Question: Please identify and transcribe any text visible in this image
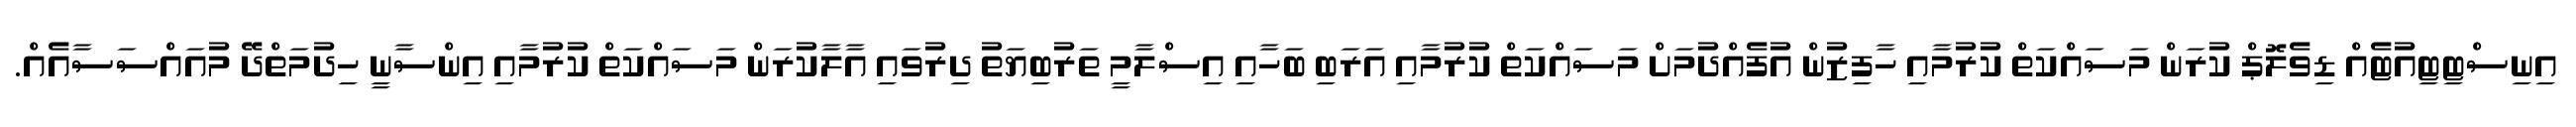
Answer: އިނިސްޓިޓިއުޓެއް ޑިވެލޮޕް ކުރަން މަސައްކަތް ކުރުމާއި ހާފިޒުން އުފެއްދުމަށް މަސައްކަތް ކުރުމާއި އަރަބި ބަހާއި އިސްލާމީ ތަރުބިޔަތު ދިރުވައި އާލާކުރަން މަސައްކަތް ކުރުމާއި އިންސާނީ ހިދުމަތްދޭ މުއައްސަސާއެއް.